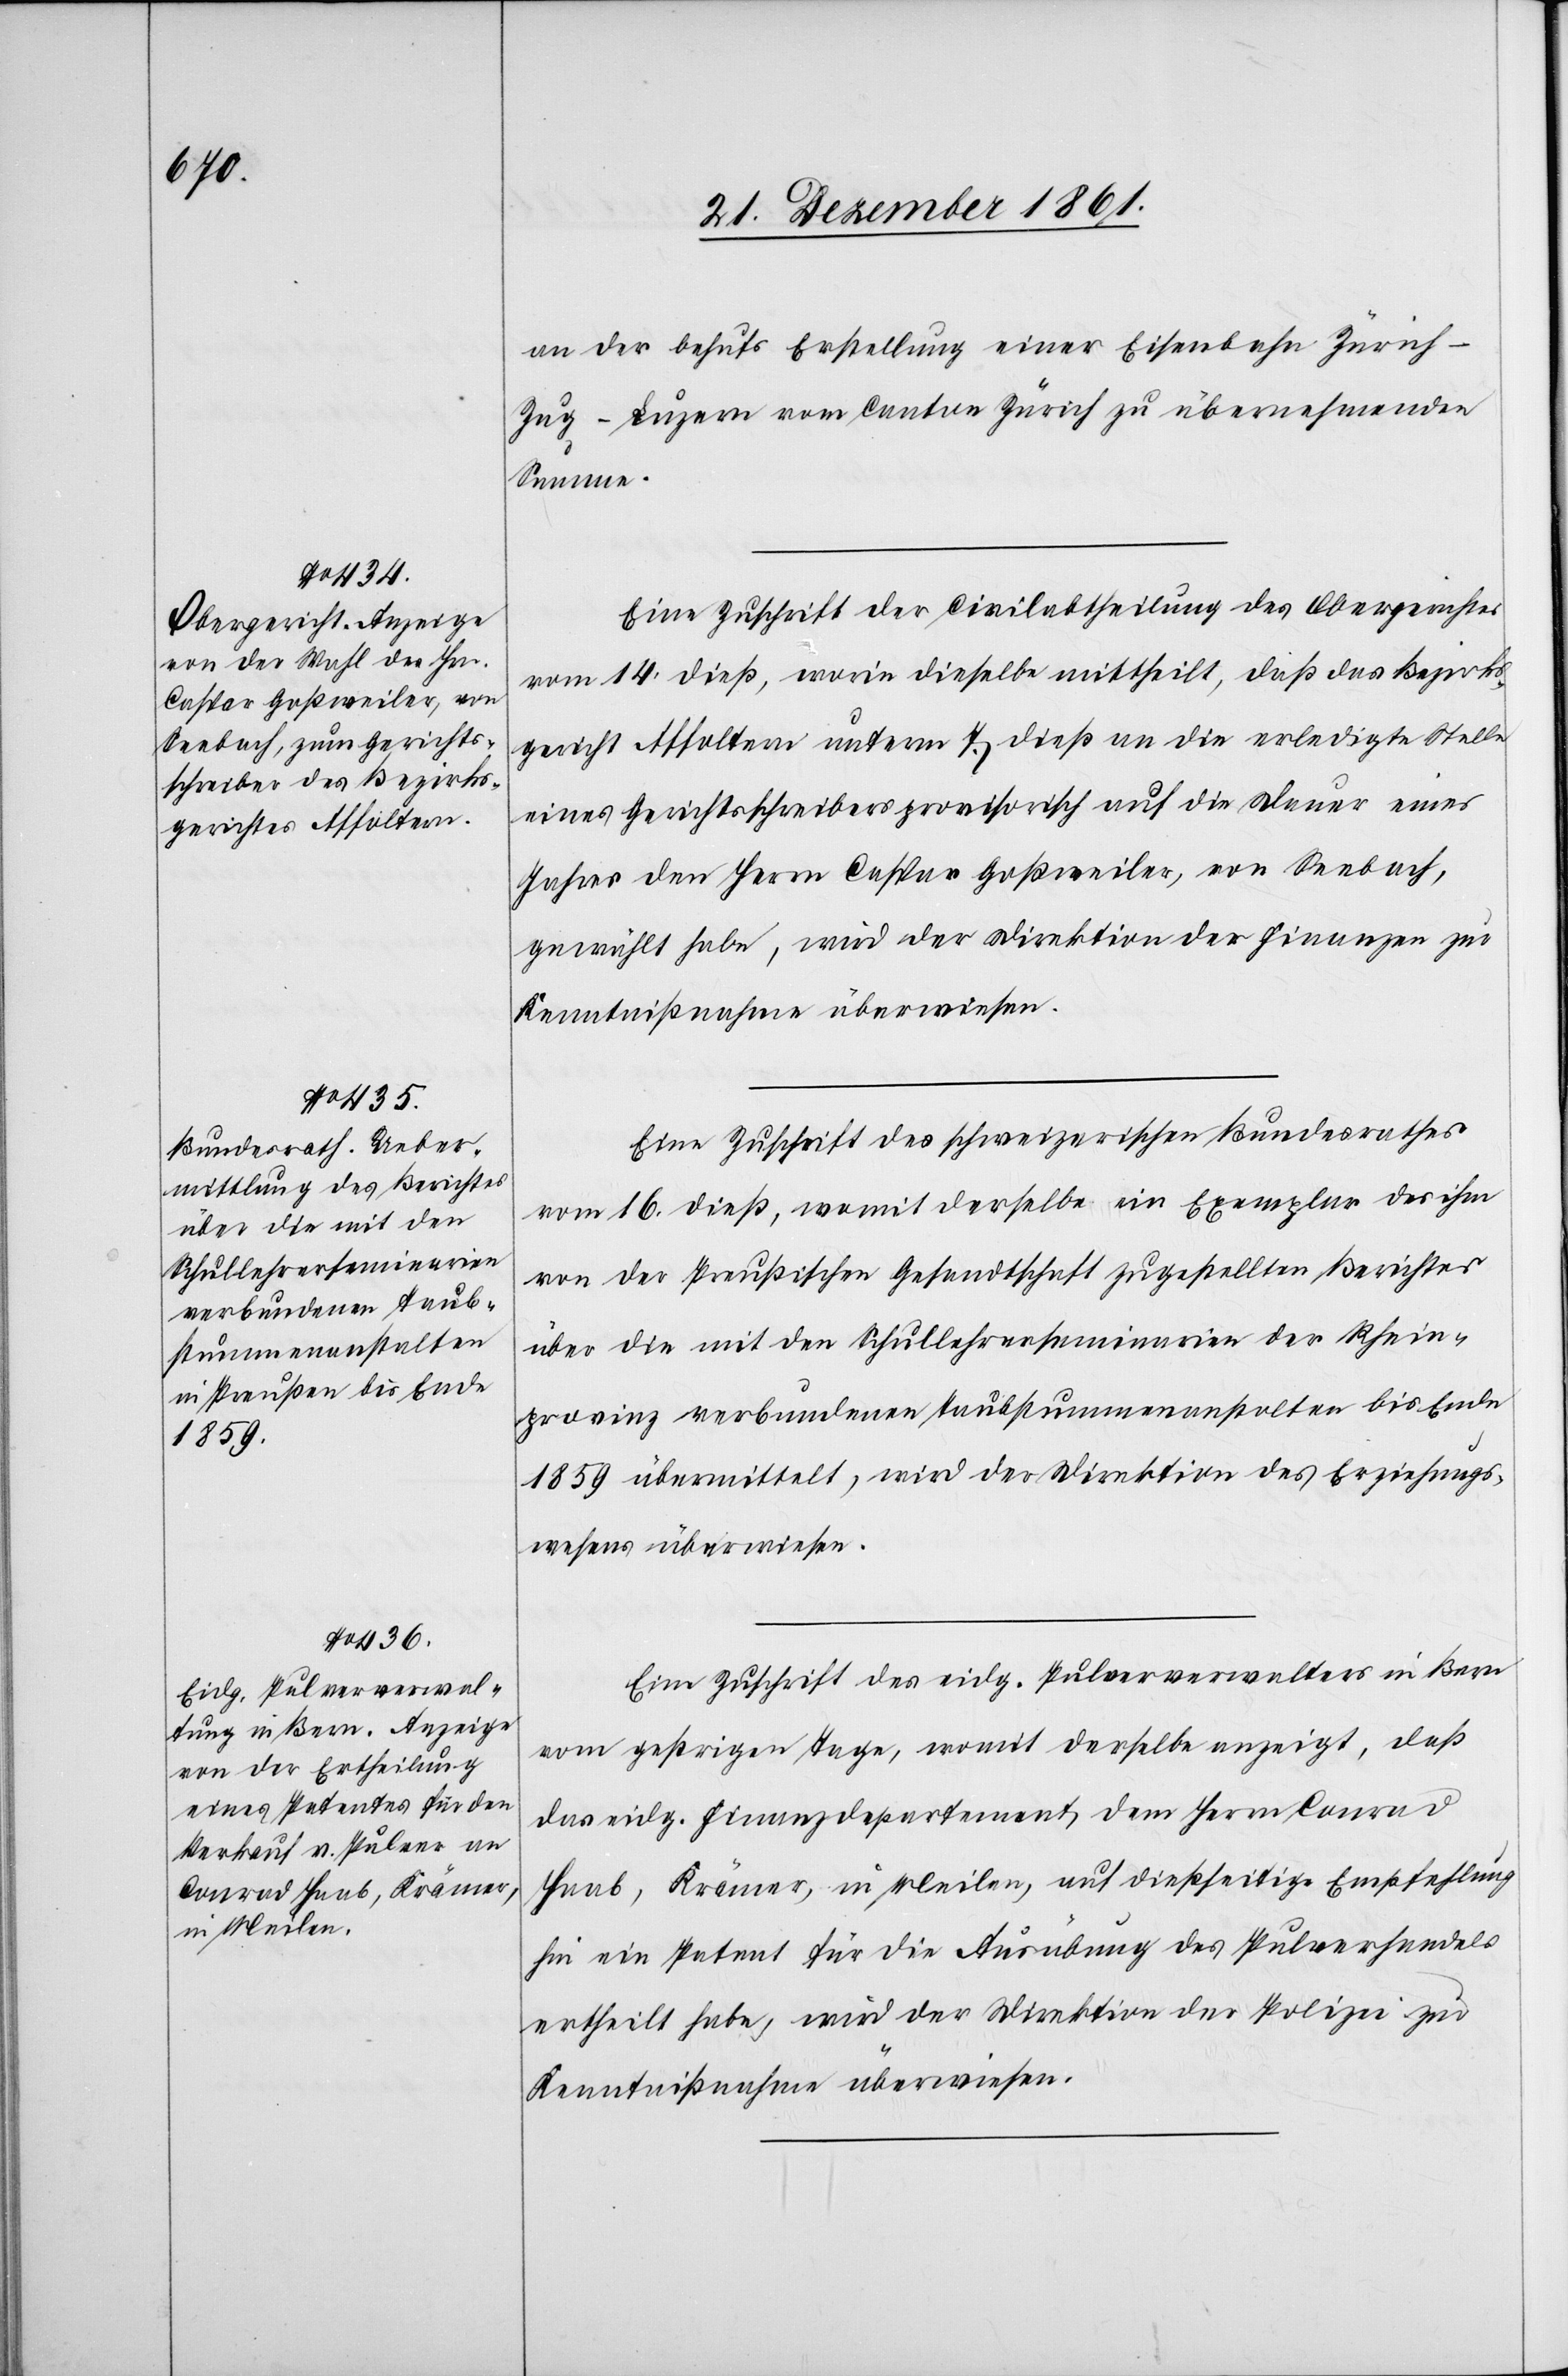
an der behufs Erstellung einer Eisenbahn Zürch-Z¬
ug-Luzern vom Canton Zürich zu übernehmenden
Summe.
Eine Zuschrift der Civilabtheilung des Obergerichtes
vom 14 dieß, worin dieselbe mittheilt, daß das Bezirks¬
gerichte Affoltern unterm 7 dieß an die erledigte Stelle
eines Gerichtsschreibers provisorisch auf die Dauer eines
Jahres den Herrn Caspar Goßweiler, von Seebach,
gewählt habe, wird der Direktion der Finanzen zur
Kenntnißnahme überwiesen.
Eine Zuschrift des schweizerischen Bundesrathes
vom 16 dieß, womit derselbe ein Exemplar des ihm
von der Preußischen Gesandtschaft zugestellten Berichtes
über die mit den Schullehrerseminarien der Rhein¬
provinz verbundenen Taubstummenanstalten bis Ende
1859 übermittelt, wird der Direktion des Erziehungs¬
wesens überwiesen.
Eine Zuschrift des eidg. Pulververwalters in Bern
vom gestrigen Tage, womit derselbe anzeigt, daß
das eidg. Finanzdepartement dem Herrn Conrad
Haab, Krämer, in Meilen, auf dießseitige Empfehlung
hin ein Patent für die Ausübung des Pulverhandels
ertheilt habe, wird der Direktion der Polizei zur
Kenntnißnahme überwiesen.